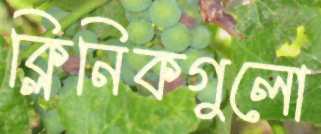
ক্লিনিকগুলো